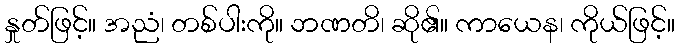
နှုတ်ဖြင့်။ အညံ၊ တစ်ပါးကို။ ဘဏတိ၊ ဆို၏။ ကာယေန၊ ကိုယ်ဖြင့်။